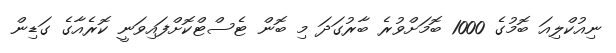
ނިއުކްލިއަ ބޮމުގެ 1000 ބޮމަށްވުރެ ބާރުގަދަ މި ބޮން ޓެސްޓްކޮށްފައިވަނީ ކޮރެއާގެ ގަޑިން